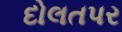
દોલતપર